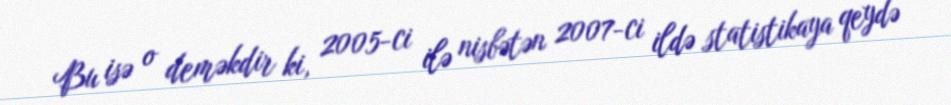
Bu isə o deməkdir ki, 2005-ci ilə nisbətən 2007-ci ildə statistikaya qeydə